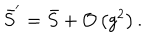
\bar { S } ^ { ^ { \prime } } = \bar { S } + { \mathcal { O } } \left( g ^ { 2 } \right) .